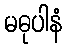
မဓုပါနံ